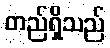
တည်ရှိသည်